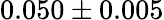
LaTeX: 0.050\pm 0.005